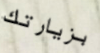
بزيارتك